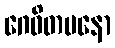
ဂေဓိတမနော